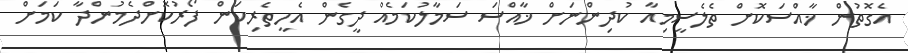
އެގޮތުން ޚާއްސަކޮށް ތެލެސީމިއާ ކުދިންނަށް ޚާއްސަ ސަމާލުކަމެއް ދީގެން އެހީތެރިކަން ފޯރުކޮށްދެމުންދާ ކަމަށް